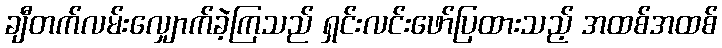
ချီတက်လမ်းလျှောက်ခဲ့ကြသည် ရှင်းလင်းဖော်ပြထားသည့် အထစ်အထစ်